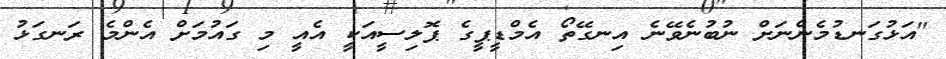
"އަޅުގަނޑުމެންނަށް ނުބުނެވޭނެ އިނގޭތޯ އެމްޑީޕީގެ ޕޮލިސީއަކީ އެއީ މި ގައުމަށް އެންމެ ރަނގަޅު